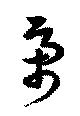
虜